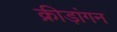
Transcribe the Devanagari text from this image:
क्रीड़ांगन